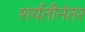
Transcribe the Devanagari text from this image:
शर्यतीनंतर